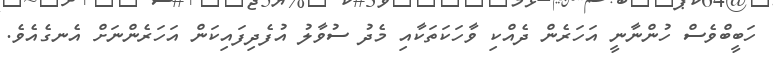
ހަބީބްވެސް ހުންނާނީ އަހަރެން ދެއްކި ވާހަކަތަކާއި މެދު ސުވާލު އުފެދިފައިކަން އަހަރެންނަށް އެނގެއެވެ.